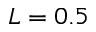
L = 0 . 5